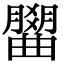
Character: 𣎭